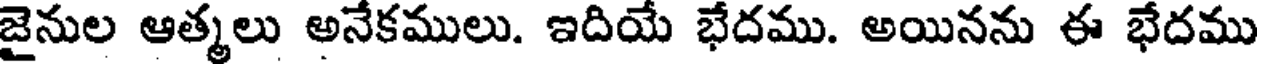
జైనుల ఆత్మలు అనేకములు. ఇదియే భేదము. అయినను ఈ భేదము